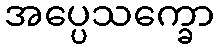
အပ္ပေသက္ခော